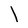
Character: l